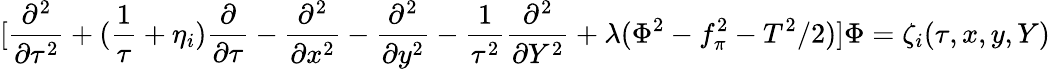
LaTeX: [\frac{\partial^{2}}{\partial\tau^{2}}+(\frac{1}{\tau}+\eta_{i})\frac{\partial}{\partial\tau}-\frac{\partial^{2}}{\partial x^{2}}-\frac{\partial^{2}}{\partial y^{2}}-\frac{1}{\tau^{2}}\frac{\partial^{2}}{\partial Y^{2}}+\lambda(\Phi^{2}-f_{\pi}^{2}-T^{2}/2)]\Phi=\zeta_{i}(\tau,x,y,Y)